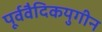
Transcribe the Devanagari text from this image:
पूर्ववैदिकयुगीन